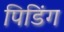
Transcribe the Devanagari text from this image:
पिडिंग